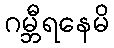
ဂမ္ဘီရနေမိ